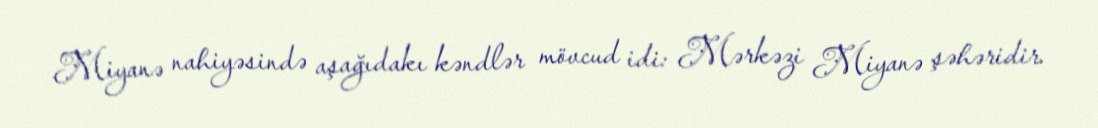
Miyanə nahiyəsində aşağıdakı kəndlər mövcud idi: Mərkəzi Miyanə şəhəridir.